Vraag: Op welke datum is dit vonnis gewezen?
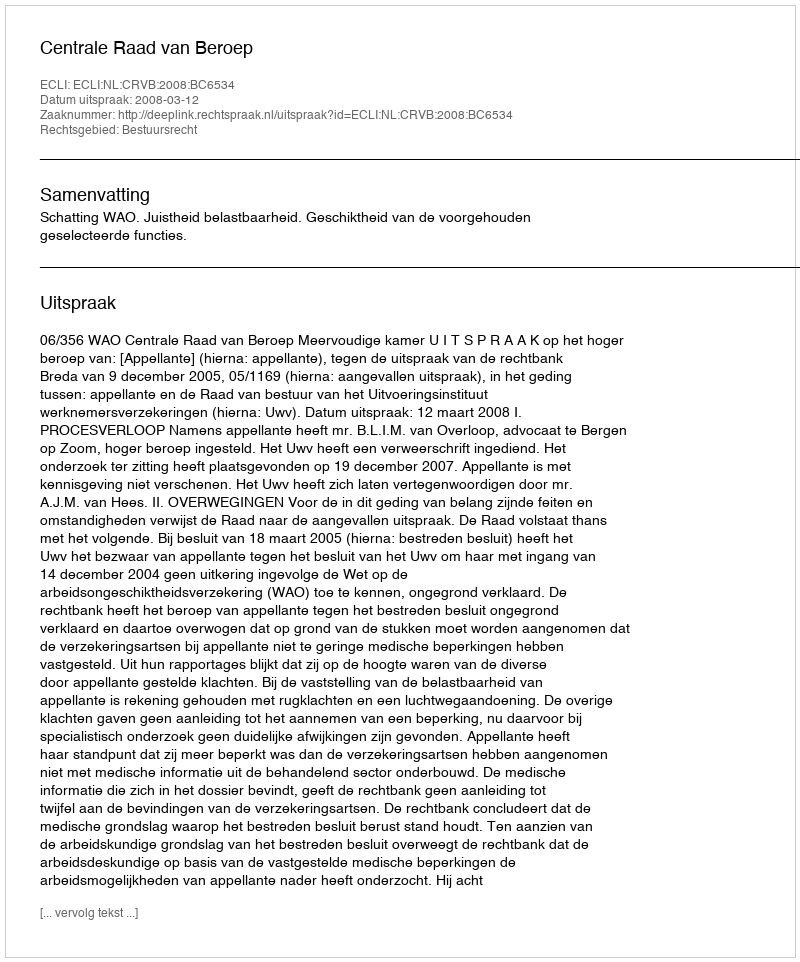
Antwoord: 2008-03-12